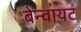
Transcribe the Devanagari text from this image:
बेन्वायट